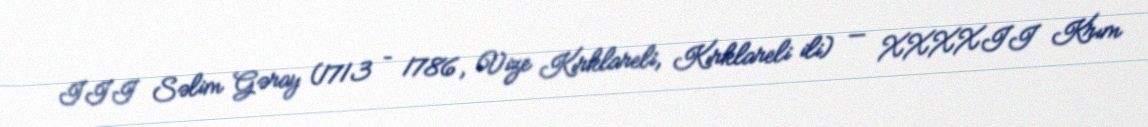
III Səlim Gəray (1713 – 1786, Vize Kırklareli, Kırklareli ili) — XXXXII Krım